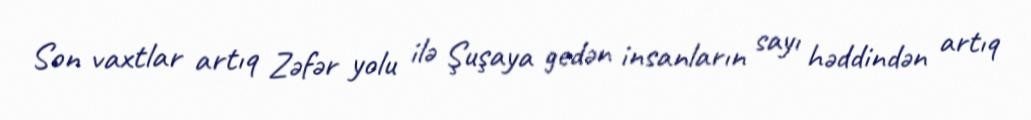
Son vaxtlar artıq Zəfər yolu ilə Şuşaya gedən insanların sayı həddindən artıq